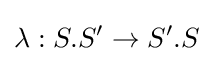
\lambda :S.S^{\prime }\to S^{\prime }.S